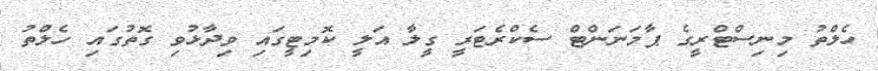
ހެލްތު މިނިސްޓްރީގެ ޕާމަނަންޓް ސެކްރެޓަރީ ގީލާ އަލީ ކޮމިޓީގައި ވިދާޅުވި ގޮތުގައި ހެލްތު